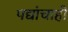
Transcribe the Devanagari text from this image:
पद्यांचाही